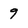
Character: 9